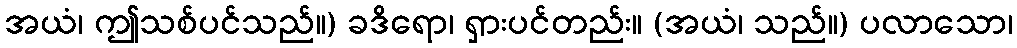
အယံ၊ ဤသစ်ပင်သည်။) ခဒိရော၊ ရှားပင်တည်း။ (အယံ၊ သည်။) ပလာသော၊